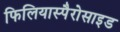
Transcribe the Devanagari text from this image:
फिलियास्पैरोसाइड